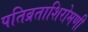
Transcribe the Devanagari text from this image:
पतिव्रताशिरोमणी